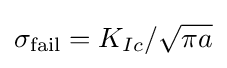
\sigma _{\text{fail}}=K_{Ic}/{\sqrt {\pi a}}